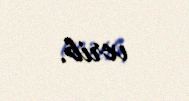
verib.